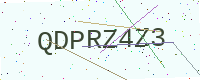
Text: QDPRZ4Z3